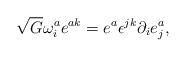
LaTeX: \begin{align*} \sqrt{G} \omega^a_i e^{ak} = e^a \epsilon^{jk} \partial_i e^a_j,\end{align*}